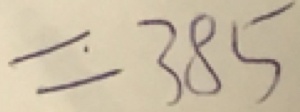
= 3 8 5